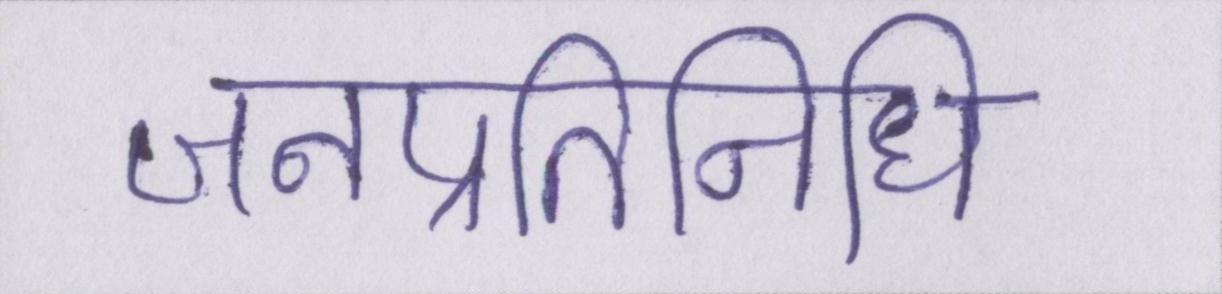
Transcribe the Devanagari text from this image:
जनप्रतिनिधि